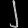
Digit: ၂